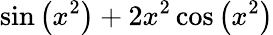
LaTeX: \sin\left(x^{2}\right)+2x^{2}\cos\left(x^{2}\right)